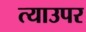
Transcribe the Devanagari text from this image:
त्याउपर